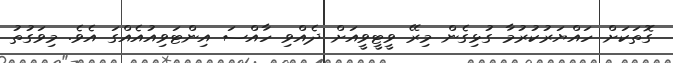
ގޮތަކަށް ހައްޔަރުކުރުމާ ގުޅިގެން މިރޭ ވީޓީވީއަށް ދެއްވި ހާއްސަ އިންޓަވިއުއެއްގަ އެވެ. މިވަގުތު